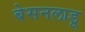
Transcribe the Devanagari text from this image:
बेसनलाडू